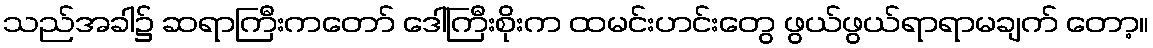
သည်အခါ၌ ဆရာကြီးကတော် ဒေါ်ကြီးစိုးက ထမင်းဟင်းတွေ ဖွယ်ဖွယ်ရာရာမချက် တော့။